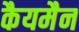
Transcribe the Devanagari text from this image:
कैयमैन